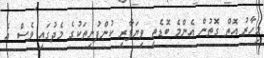
މިހާރު އޮތް ގޮތުން އެންމެ ބޮޑެތި ވިޔަފާރި ކުންފުނިތަކުގެ މެދުގައި ވެސް އެ